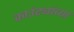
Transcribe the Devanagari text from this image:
काउंट्यांच्या